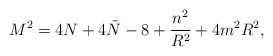
\begin{align*}M^2 = 4N +4\tilde{N} - 8 + \frac{n^2}{R^2} + 4m^2 R^2 ,\end{align*}